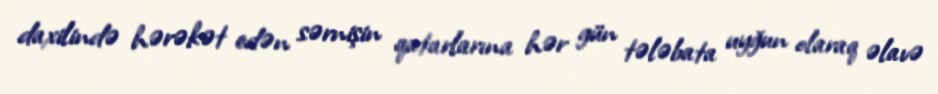
daxilində hərəkət edən sərnişin qatarlarına hər gün tələbata uyğun olaraq əlavə